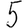
Digit: 5